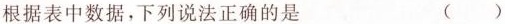
根据表中数据，下列说法正确的是 ( )